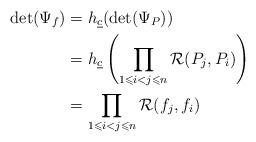
\begin{align*}\det(\Psi_f) &= h_{\underline{c}}(\det(\Psi_P)) \\ &= h_{\underline{c}}\left(\prod_{1 \leqslant i < j \leqslant n}\mathcal{R}(P_j, P_i)\right) \\ &= \prod_{1 \leqslant i < j \leqslant n}\mathcal{R}(f_j, f_i)\end{align*}